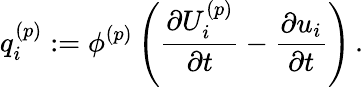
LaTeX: q_{i}^{(p)}:=\phi^{(p)}\left(\frac{\partial{U_{i}^{(p)}}}{\partial{t}}-\frac{\partial{u_{i}}}{\partial{t}}\right)\, .